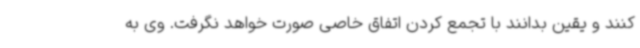
کنند و یقین بدانند با تجمع کردن اتفاق خاصی صورت خواهد نگرفت. وی به